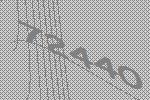
72440